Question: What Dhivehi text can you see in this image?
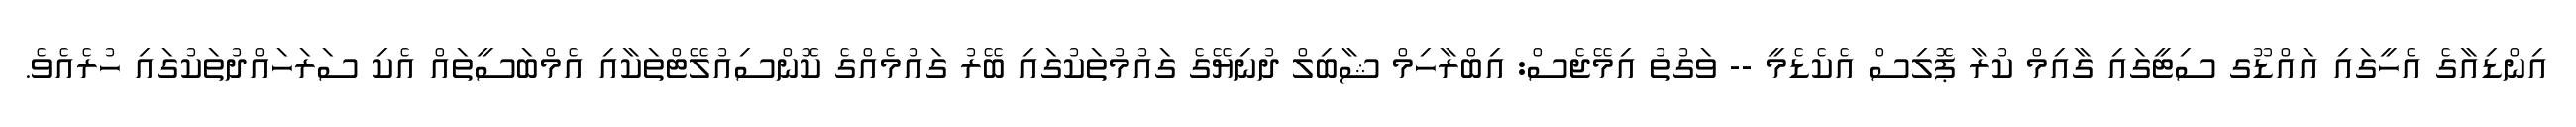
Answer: އިންޑިއާގެ އެހީގައި އައްޑޫގ ސިޓީގައި ގާއިމް ކުރާ ޕޮލިސް އެކެޑެމީ -- ވަގުތު އިމޭޖެސް: އިބްރާހިމް ޝާބިލް ދުނިޔޭގެ ގައުމުތަކުގައި ބޭރު ގައުމެއްގެ ކޮންސިއުލޭޓްތަކާއި އެމްބަސީތައް އެކި ސަރަހައްދުތަކުގައި ހުރެއެވެ.